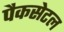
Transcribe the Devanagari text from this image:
पैकसेटल